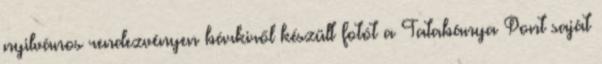
nyilvános rendezvényen bárkiről készült fotót a Tatabánya Pont saját